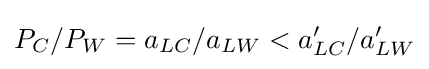
\textstyle P_{C}/P_{W}=a_{LC}/a_{LW}<a'_{LC}/a'_{LW}